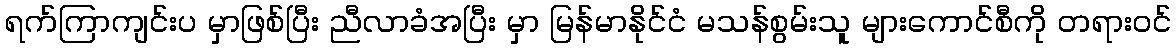
ရက်ကြာကျင်းပ မှာဖြစ်ပြီး ညီလာခံအပြီး မှာ မြန်မာနိုင်ငံ မသန်စွမ်းသူ များကောင်စီကို တရားဝင်